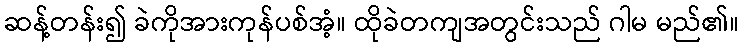
ဆန့်တန်း၍ ခဲကိုအားကုန်ပစ်အံ့။ ထိုခဲတကျအတွင်းသည် ဂါမ မည်၏။